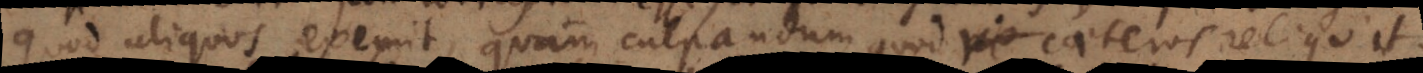
quod aliquos exemit, quam culpam impingendam quod caeteros reliquit.